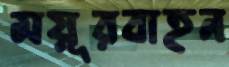
ময়ূরবাহন